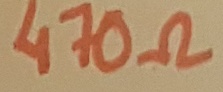
Text: 470Ω